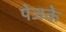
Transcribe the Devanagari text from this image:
पेजके